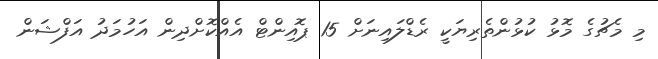
މި މެޗުގެ މޮޅު ކުޅުންތެރިޔަކީ ރެޑްލައިނަށް 15 ޕޮއިންޓް އެއްކޮށްދިން އަހުމަދު އަފްޝަން